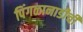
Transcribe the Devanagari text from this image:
पिंगळानाडीची